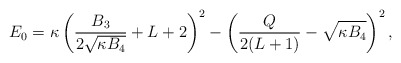
\begin{align*} E_0 = \kappa \left(\frac{B_3}{2 \sqrt{\kappa B_4}} + L +2\right)^2 - \left(\frac{Q}{2(L+1)} - \sqrt{\kappa B_4}\right)^2, \end{align*}